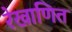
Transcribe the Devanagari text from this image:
रेखाणित